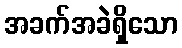
အခက်အခဲရှိသော